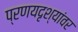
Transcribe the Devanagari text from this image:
प्रणयदृश्यांवर